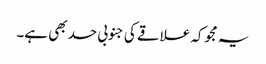
یہ مجوکہ علاقے کی جنوبی حد بھی ہے۔